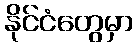
နိုင်ငံတွေမှာ